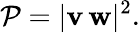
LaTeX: \mathcal{P}=|\mathbf{{v}}\, \mathbf{{w}}|^{2}.